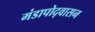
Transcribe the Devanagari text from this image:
मंडापोद्‌वासन